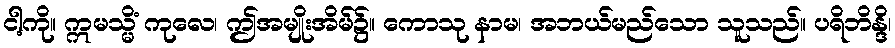
ငါ့ကို။ ဣမသ္မိံ ကုလေ၊ ဤအမျိုးအိမ်၌။ ကောသု နာမ၊ အဘယ်မည်သော သူသည်။ ပရိဘိန္ဒိ၊